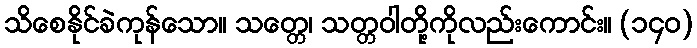
သိစေနိုင်ခဲကုန်သော။ သတ္တေ၊ သတ္တဝါတို့ကိုလည်းကောင်း။ (၁၄၀)